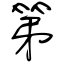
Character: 第